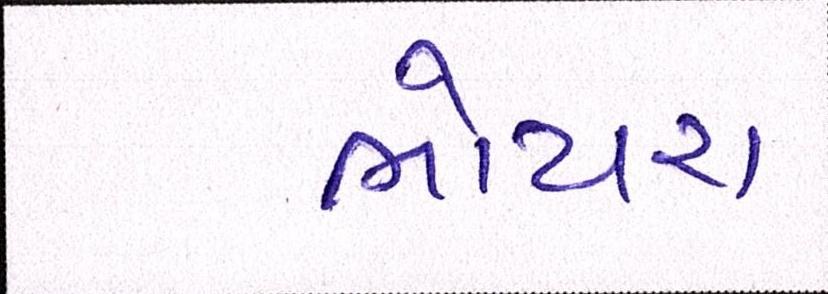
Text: ભોયરા